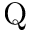
\mathrm { Q }